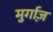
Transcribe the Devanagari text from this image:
मुर्गाज़